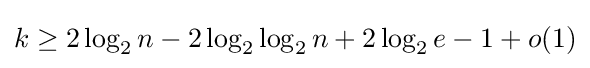
k\geq 2\log _{2}n-2\log _{2}\log _{2}n+2\log _{2}e-1+o(1)